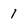
Character: 1